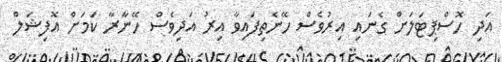
އަދި ހޮސްޕިޓަލަށް ގެނައި އިރުވެސް ހޭނެތިފައިވާ އިރު އަދިވެސް ހޭނާރާ ކަމަށް އޮފިޝަލް